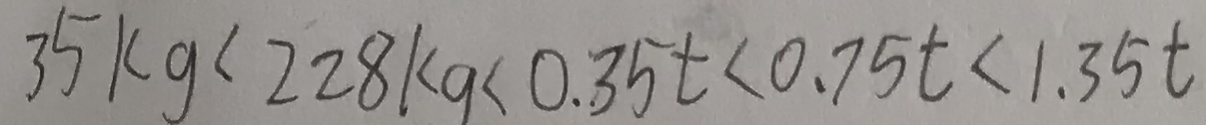
3 5 k g < 2 2 8 k g < 0 . 3 5 t < 0 . 7 5 t < 1 . 3 5 t